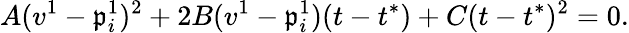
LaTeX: A(v^{1}-\mathfrak{p}_{i}^{1})^{2}+2B(v^{1}-\mathfrak{p}_{i}^{1})(t-t^{*})+C(t-t^{*})^{2}=0.